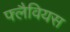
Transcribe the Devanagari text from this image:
फ्लैवियस